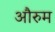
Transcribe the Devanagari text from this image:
औरुम